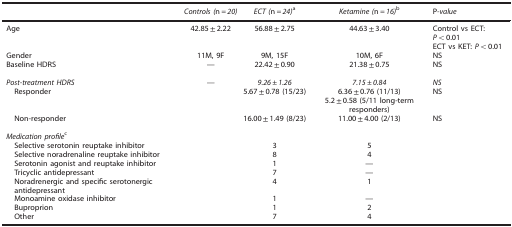
|  | Controls (n=20) | ECT (n=24)a | Ketamine (n=16)b | P-value |
 | --- | --- | --- | --- | --- |
 | Age | 42.85±2.22 | 56.88±2.75 | 44.63±3.40 | Control vs ECT: P<0.01ECT vs KET: P<0.01 |
 | Gender | 11M, 9F | 9M, 15F | 10M, 6F | NS |
 | Baseline HDRS | — | 22.42±0.90 | 21.38±0.75 | NS |
 |  |  |  |  |  |
 | Post-treatment HDRS | — | 9.26±1.26 | 7.15±0.84 | NS |
 | Responder |  | 5.67±0.78 (15/23) | 6.36±0.76 (11/13)5.2±0.58 (5/11 long-term responders) | NS |
 | Non-responder |  | 16.00±1.49 (8/23) | 11.00±4.00 (2/13) | NS |
 |  |  |  |  |  |
 | <COLSPAN=5> Medication profilec |
 | Selective serotonin reuptake inhibitor |  | 3 | 5 |  |
 | Selective noradrenaline reuptake inhibitor |  | 8 | 4 |  |
 | Serotonin agonist and reuptake inhibitor |  | 1 | — |  |
 | Tricyclic antidepressant |  | 7 | — |  |
 | Noradrenergic and specific serotonergic antidepressant |  | 4 | 1 |  |
 | Monoamine oxidase inhibitor |  | 1 | — |  |
 | Buproprion |  | 1 | 2 |  |
 | Other |  | 7 | 4 |  |